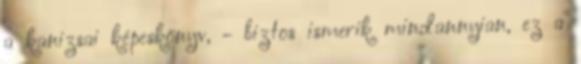
a kanizsai képeskönyv, - biztos ismerik mindannyian, ez a